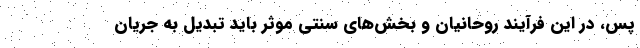
پس، در این فرآیند روحانیان و بخش‌های سنتی موثر باید تبدیل به جریان